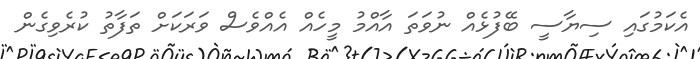
އެކަމުގައި ސިޔާސީ ބޭފުޅެއް ނުވަތަ އާއްމު މީހެއް އެއްވެސް ވަރަކަށް ތަފާތު ކުރެވިގެން